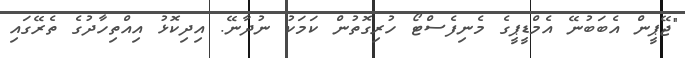
"ޖޭޕީން އެބަބުނޭ އެމްޑީޕީގެ މެނިފެސްޓޯ ހުރިގޮތުން ކަމަކު ނުދާނޭ. އިދިކޮޅު އިއްތިހާދުގެ ތެރޭގައި